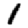
Digit: 1